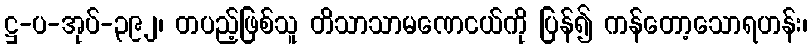
ဋ္ဌ-ပ-အုပ်-၃၉၂၊ တပည့်ဖြစ်သူ တိသာသာမဏေငယ်ကို ပြန်၍ ကန်တော့သောရဟန်း၊